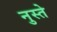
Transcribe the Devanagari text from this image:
नुस्ते